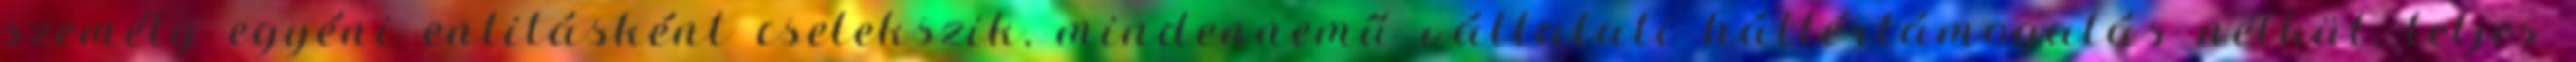
személy egyéni entitásként cselekszik, mindennemű vállalati háttértámogatás nélkül, teljes